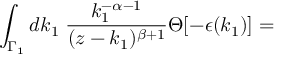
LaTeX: \int _ { { \Gamma } _ { 1 } } d k _ { 1 } \; \frac { k _ { 1 } ^ { - \alpha - 1 } } { ( z - k _ { 1 } ) ^ { \beta + 1 } } \Theta [ - \epsilon ( k _ { 1 } ) ] =